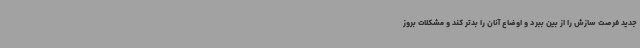
جدید فرصت سازش را از بین ببرد و اوضاع آنان را بدتر کند و مشکلات بروز